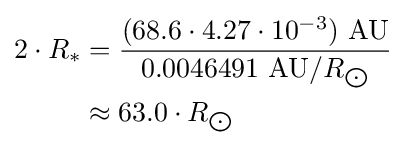
{\begin{aligned}2\cdot R_{*}&={\frac {(68.6\cdot 4.27\cdot 10^{-3})\ {\text{AU}}}{0.0046491\ {\text{AU}}/R_{\bigodot }}}\\&\approx 63.0\cdot R_{\bigodot }\end{aligned}}